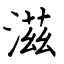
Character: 滋